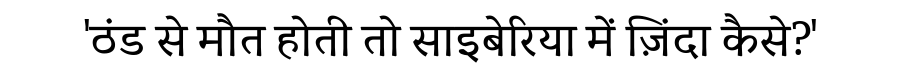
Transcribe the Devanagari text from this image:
'ठंड से मौत होती तो साइबेरिया में ज़िंदा कैसे?'